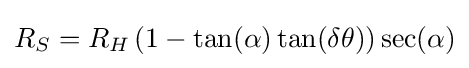
R_{S}=R_{H}\left(1-\tan(\alpha )\tan(\delta \theta )\right)\sec(\alpha )